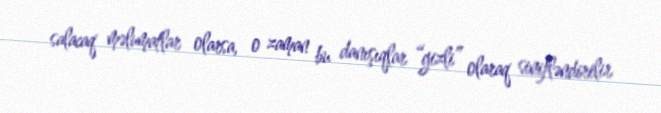
salacaq məlumatlar olarsa, o zaman bu danışıqlar “gizli” olaraq sinifləndirilir